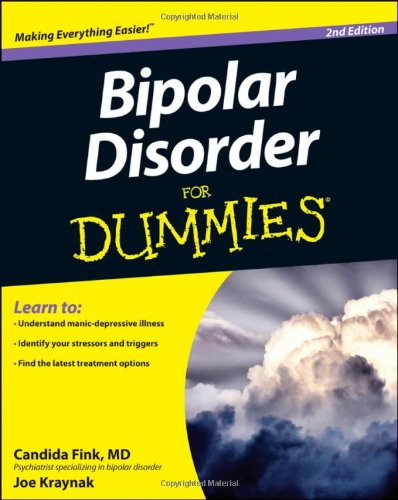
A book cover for Bipolar Disorder For Dummies; Candida Fink; Health, Fitness & Dieting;